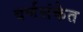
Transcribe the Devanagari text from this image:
वर्णसंकेत